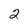
Character: 2